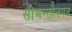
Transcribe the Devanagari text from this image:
सीमन्तोनयन